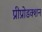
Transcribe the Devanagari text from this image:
प्रीप्रोडक्शन